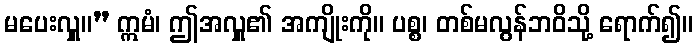
မပေးလှူ။” ဣမံ၊ ဤအလှူ၏ အကျိုးကို။ ပစ္စ၊ တစ်မလွန်ဘဝိသို့ ရောက်၍။